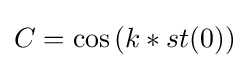
C=\cos \left(k*st(0)\right)